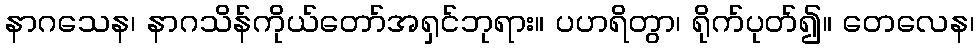
နာဂသေန၊ နာဂသိန်ကိုယ်တော်အရှင်ဘုရား။ ပဟရိတွာ၊ ရိုက်ပုတ်၍။ တေလေန၊